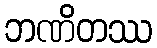
ဘဏိတဿ